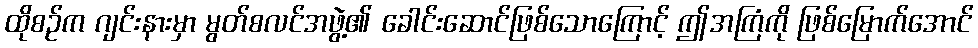
ထိုစဉ်က ဂျင်းနားမှာ မွတ်စလင်အဖွဲ့၏ ခေါင်းဆောင်ဖြစ်သောကြောင့် ဤအကြံကို ဖြစ်မြောက်အောင်